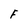
Character: F